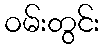
ဝမ်းတွင်း